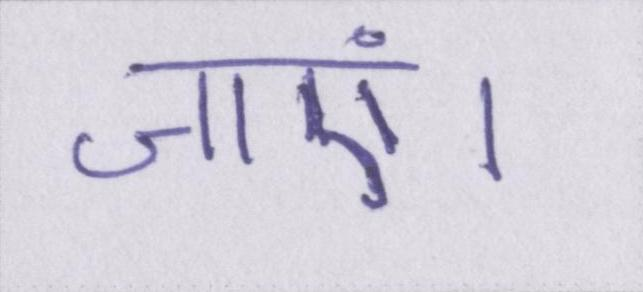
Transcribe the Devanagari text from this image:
जाएं।